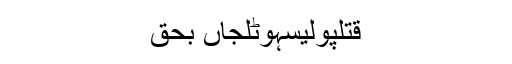
قتلپولیسہوٹلجاں بحق